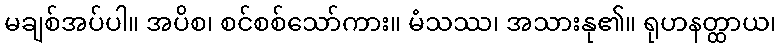
မချစ်အပ်ပါ။ အပိစ၊ စင်စစ်သော်ကား။ မံသဿ၊ အသားနု၏။ ရုဟနတ္ထာယ၊